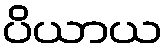
ပိယာယ